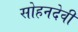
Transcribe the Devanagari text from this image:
सोहनदेवी